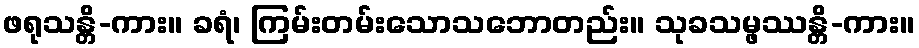
ဖရုသန္တိ-ကား။ ခရံ၊ ကြမ်းတမ်းသောသဘောတည်း။ သုခသမ္ဖဿန္တိ-ကား။